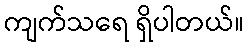
ကျက်သရေ ရှိပါတယ်။